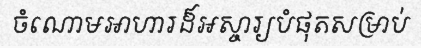
ចំណោមអាហារដ៏អស្ចារ្យបំផុតសម្រាប់